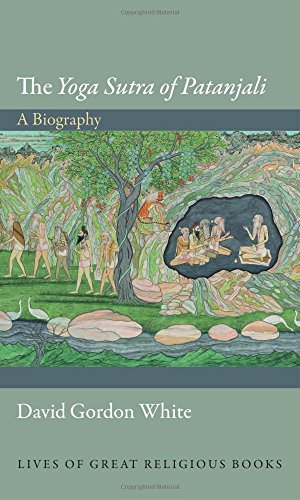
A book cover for The "Yoga Sutra of Patanjali": A Biography (Lives of Great Religious Books); David Gordon White; Religion & Spirituality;